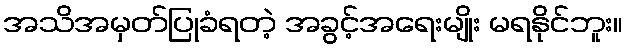
အသိအမှတ်ပြုခံရတဲ့ အခွင့်အရေးမျိုး မရနိုင်ဘူး။